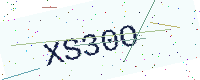
Text: XS30O